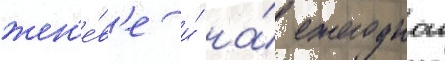
жен'е́в'е и́ на́ ежегоднои